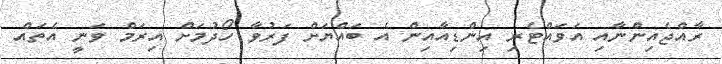
ރާއްޖެއިންނާއި އަވައްޓެރި އިންޑިއާއިން އެ ބައްޔަށް ފަރުވާ ހޯދުމަށް އިރަމް ވަނީ އެތައް